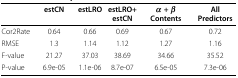
<table><thead><tr><td></td><td><b>estCN</b></td><td><b>estLRO</b></td><td><b>estLRO+estCN</b></td><td><b><i>α</i> + <i>β</i> Contents</b></td><td><b>All Predictors</b></td></tr></thead><tbody><tr><td>Cor2Rate</td><td>0.64</td><td>0.66</td><td>0.69</td><td>0.67</td><td>0.72</td></tr><tr><td>RMSE</td><td>1.3</td><td>1.14</td><td>1.12</td><td>1.27</td><td>1.16</td></tr><tr><td>F-value</td><td>21.27</td><td>37.03</td><td>38.69</td><td>34.66</td><td>35.52</td></tr><tr><td>P-value</td><td>6.9e-05</td><td>1.1e-06</td><td>8.7e-07</td><td>6.5e-05</td><td>7.3e-06</td></tr></tbody></table>